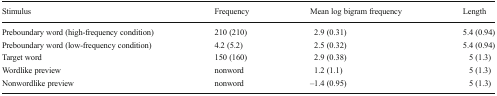
| Stimulus | Frequency | Mean log bigram frequency | Length |
 | --- | --- | --- | --- |
 | Preboundary word (high-frequency condition) | 210 (210) | 2.9 (0.31) | 5.4 (0.94) |
 | Preboundary word (low-frequency condition) | 4.2 (5.2) | 2.5 (0.32) | 5.4 (0.94) |
 | Target word | 150 (160) | 2.9 (0.38) | 5 (1.3) |
 | Wordlike preview | nonword | 1.2 (1.1) | 5 (1.3) |
 | Nonwordlike preview | nonword | –1.4 (0.95) | 5 (1.3) |